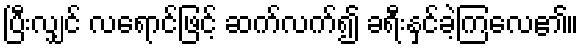
ပြီးလျှင် လရောင်ဖြင့် ဆက်လက်၍ ခရီးနှင်ခဲ့ကြလေ၏။